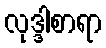
လုဒ္ဒါစာရာ